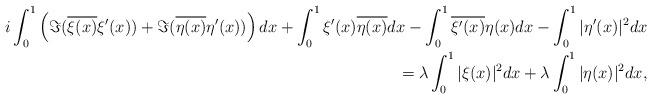
LaTeX: \begin{align*}i\int_0^1 \left( \Im (\overline{\xi(x)} \xi^\prime(x)) + \Im (\overline{\eta(x)} \eta^\prime(x))\right)dx+\int_{0}^{1}{\xi^\prime(x)}\overline{\eta(x)}dx-\int_{0}^{1}\overline{\xi^\prime(x)}{\eta(x)}dx-\int_{0}^{1}|\eta^{\prime}(x)|^2 dx \\=\lambda\int_{0}^{1}|\xi(x)|^2dx+\lambda\int_{0}^{1}|\eta(x)|^2dx,\end{align*}